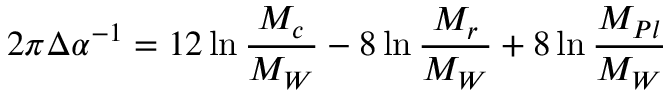
2 \pi \Delta \alpha ^ { - 1 } = 1 2 \ln \frac { M _ { c } } { M _ { W } } - 8 \ln \frac { M _ { r } } { M _ { W } } + 8 \ln \frac { M _ { P l } } { M _ { W } }